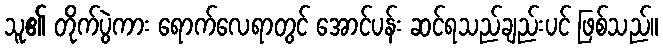
သူ၏ တိုက်ပွဲကား ရောက်လေရာတွင် အောင်ပန်း ဆင်ရသည်ချည်းပင် ဖြစ်သည်။